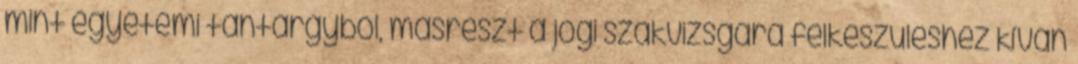
mint egyetemi tantárgyból, másrészt a jogi szakvizsgára felkészüléshez kíván